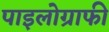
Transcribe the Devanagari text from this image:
पाइलोग्राफी